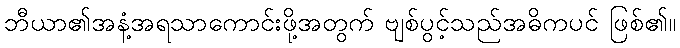
ဘီယာ၏အနံ့အရသာကောင်းဖို့အတွက် ဗျစ်ပွင့်သည်အဓိကပင် ဖြစ်၏။